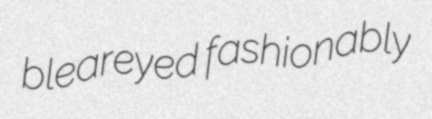
bleareyed fashionably